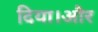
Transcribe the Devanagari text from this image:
दिया।और